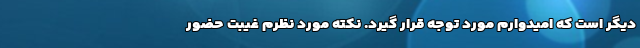
دیگر است که امیدوارم مورد توجه قرار گیرد. نکته مورد نظرم غیبت حضور